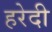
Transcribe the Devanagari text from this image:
हरेदी